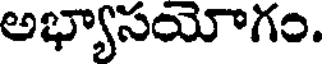
అభ్యాసయోగం.